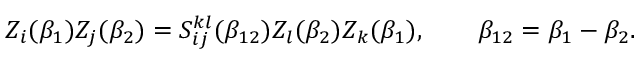
Z _ { i } ( \beta _ { 1 } ) Z _ { j } ( \beta _ { 2 } ) = S _ { i j } ^ { k l } ( \beta _ { 1 2 } ) Z _ { l } ( \beta _ { 2 } ) Z _ { k } ( \beta _ { 1 } ) , \qquad \beta _ { 1 2 } = \beta _ { 1 } - \beta _ { 2 } .